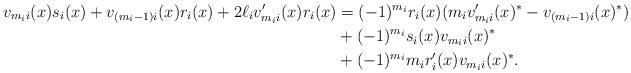
LaTeX: \begin{align*}v_{m_ii}(x)s_i(x) + v_{(m_i-1)i}(x)r_i(x) + 2\ell_iv_{m_ii}'(x)r_i(x) & = (-1)^{m_i}r_i(x)(m_iv_{m_ii}'(x)^*-v_{(m_i-1)i}(x)^*)\\ & + (-1)^{m_i}s_i(x)v_{m_ii}(x)^*\\ & + (-1)^{m_i}m_ir_i'(x)v_{m_ii}(x)^*.\end{align*}